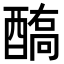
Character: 𨢗